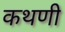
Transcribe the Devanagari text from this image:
कथणी